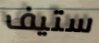
ستيف